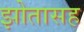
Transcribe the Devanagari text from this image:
झोतासह